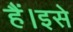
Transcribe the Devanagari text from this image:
हैं।इसे